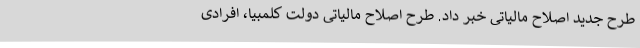
طرح جدید اصلاح مالیاتی خبر داد. طرح اصلاح مالیاتی دولت کلمبیا، افرادی